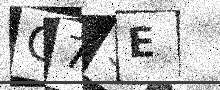
Text: C73E